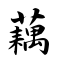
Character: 藕